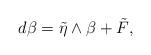
LaTeX: \begin{align*} d\beta = \tilde\eta \wedge \beta + \tilde F,\end{align*}